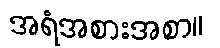
အရံအစားအစာ။